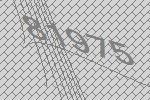
81975